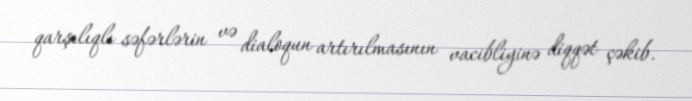
qarşılıqlı səfərlərin və dialoqun artırılmasının vacibliyinə diqqət çəkib.